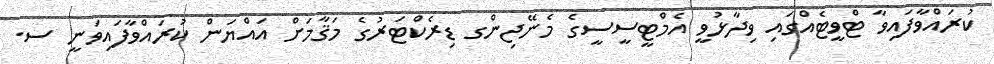
ކުރައްވާފައިވާ ޓްވީޓެއްގައި ވިދާޅުވީ އެމްޓީސީސީގެ މެނޭޖިންގ ޑިރެކްޓަރުގެ މަޤާމަށް އައްޔަން ކުރައްވާފައިވަނީ ސ.